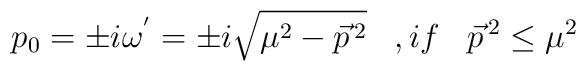
p_0=\pm i{\omega}^{'}=\pm i\sqrt{{\mu}^2-{\vec{p}}^{\,2}}\;\;\;,if\;\;\;{\vec{p}}^{\,2} \leq {\mu}^2